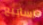
اسابيع